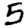
Digit: 5